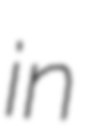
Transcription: in